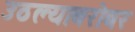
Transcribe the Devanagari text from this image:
उठल्याबरोबर